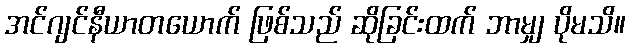
အင်ဂျင်နီယာတယောက် ဖြစ်သည် ဆိုခြင်းထက် ဘာမျှ ပိုမသိ။